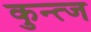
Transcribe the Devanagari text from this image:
कुन्त्ज